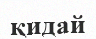
қидай